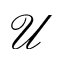
\mathcal { U }